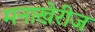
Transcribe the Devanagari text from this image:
मनाखेरीज